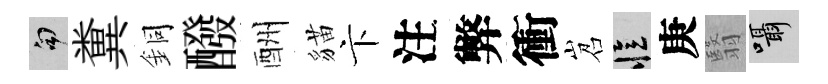
句糞銅醱酬貓卞注弊衝岧忆庚翳囁